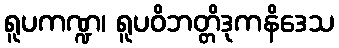
ရူပကဏ္ဍ၊ ရူပဝိဘတ္တိဒုကနိဒေသ